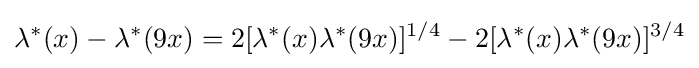
\lambda ^{*}(x)-\lambda ^{*}(9x)=2[\lambda ^{*}(x)\lambda ^{*}(9x)]^{1/4}-2[\lambda ^{*}(x)\lambda ^{*}(9x)]^{3/4}